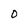
Character: 0